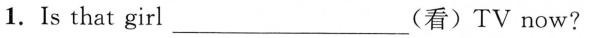
1.Is that girl___(看)TV now?